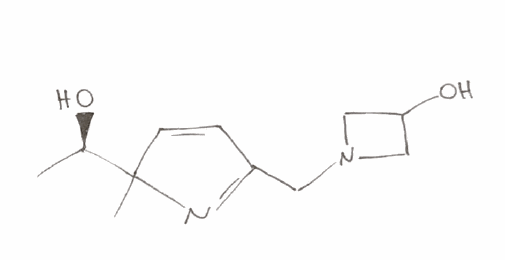
Simplified molecular-input line-entry system (SMILES) notation of the given molecule:
C[C@H](C1(C=CC(=N1)CN2CC(C2)O)C)O